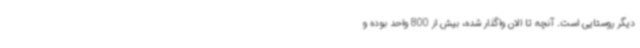
دیگر روستایی است. آنچه تا الان واگذار شده، بیش از 800 واحد بوده و